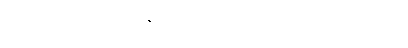
သေတော့မည့် လူနာကို အသက် ကယ်ဆယ်သည်။